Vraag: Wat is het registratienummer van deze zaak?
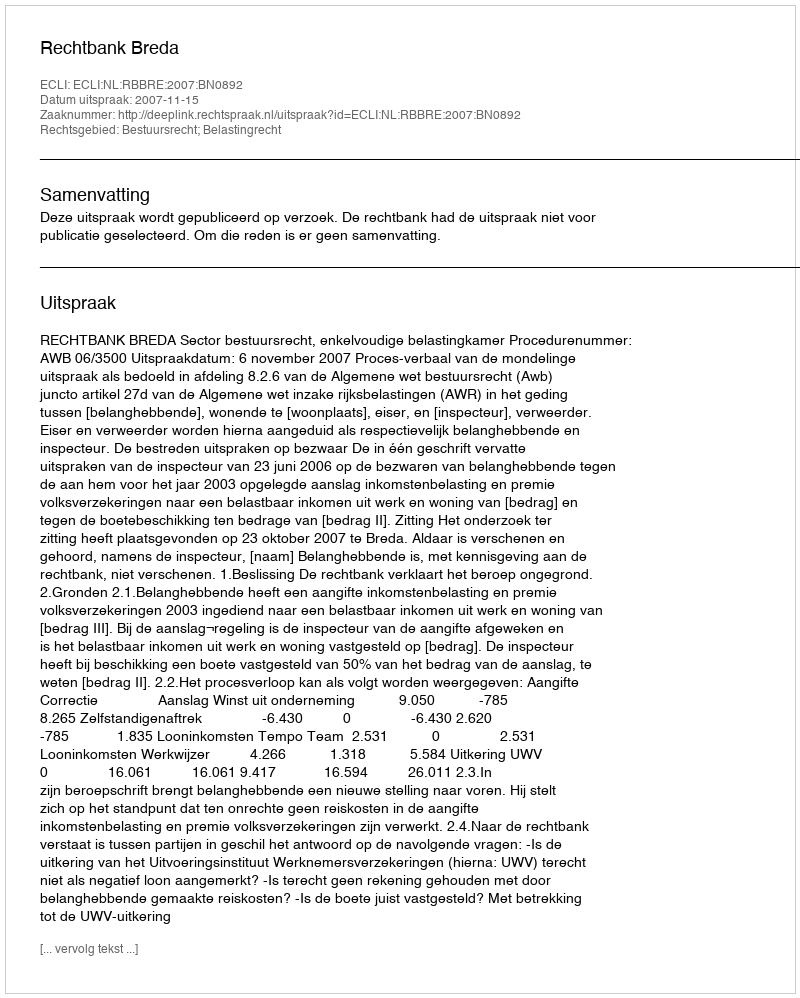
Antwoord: http://deeplink.rechtspraak.nl/uitspraak?id=ECLI:NL:RBBRE:2007:BN0892